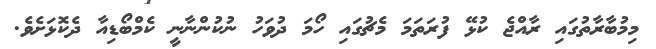
މިމުބާރާތުގައި ރާއްޖެ ކުޅޭ ފުރަތަމަ މެޗުގައި ހޯމަ ދުވަހު ނުކުންނާނީ ކެމްބޯޑިއާ ދެކޮޅަށެވެ.